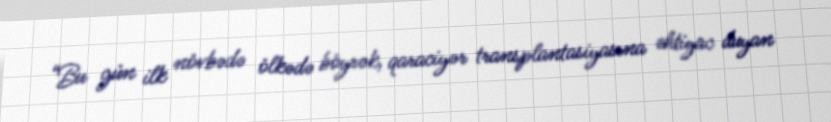
“Bu gün ilk növbədə ölkədə böyrək, qaraciyər transplantasiyasına ehtiyac duyan